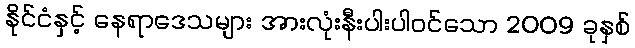
နိုင်ငံနှင့် နေရာဒေသများ အားလုံးနီးပါးပါဝင်သော 2009 ခုနှစ်